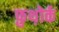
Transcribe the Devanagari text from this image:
फ़ुथ़ोर्क